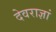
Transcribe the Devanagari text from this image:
देवराज्ञां